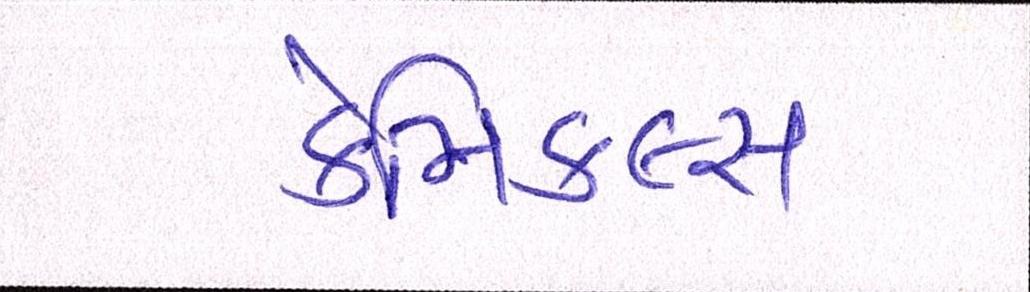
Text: કેમિકલ્સ